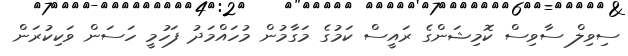
ސިވިލް ސާވިސް ކޮމިޝަންގެ ރައީސް ކަމުގެ މަގާމުން މުހައްމަދު ފަހުމީ ހަސަން ވަކިކުރަން